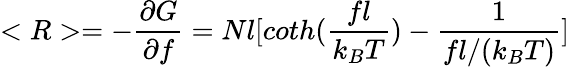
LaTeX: <R>=-{\frac{\partial G}{\partial f}}=Nl[coth({\frac{fl}{k_{B}T}})-{\frac{1}{fl/(k_{B}T)}}]